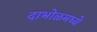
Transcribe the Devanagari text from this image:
दाभोळमध्ये